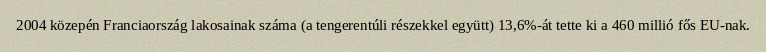
2004 közepén Franciaország lakosainak száma (a tengerentúli részekkel együtt) 13,6%-át tette ki a 460 millió fős EU-nak.